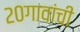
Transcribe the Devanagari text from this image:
२०गावांची